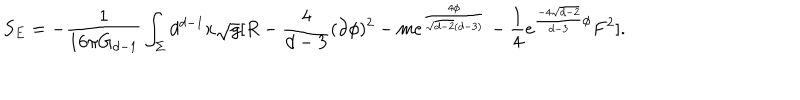
S _ { E } = - \frac { 1 } { 1 6 \pi G _ { d - 1 } } \int _ { \Sigma } d ^ { d - 1 } x \sqrt { g } [ R - \frac { 4 } { d - 3 } ( \partial \phi ) ^ { 2 } - m e ^ { \frac { 4 \phi } { \sqrt { d - 2 } ( d - 3 ) } } - \frac { 1 } { 4 } e ^ { \frac { - 4 \sqrt { d - 2 } } { d - 3 } \phi } F ^ { 2 } ] .